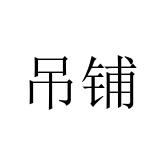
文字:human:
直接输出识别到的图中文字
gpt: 吊铺